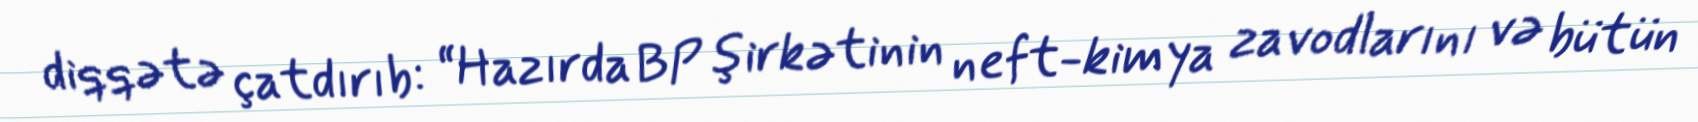
diqqətə çatdırıb: “Hazırda BP şirkətinin neft-kimya zavodlarını və bütün